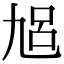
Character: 𠃳